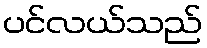
ပင်လယ်သည်